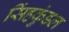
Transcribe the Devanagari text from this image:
सिंहकुंडल